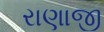
રાણાજી